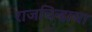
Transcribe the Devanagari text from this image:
राजचिन्हाचा